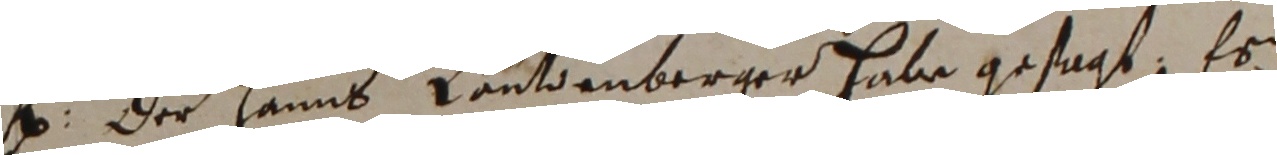
e. der Hanns Lautenberger habe gesagt, Es